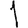
Digit: 1